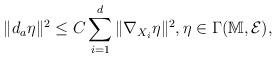
LaTeX: \begin{align*}\| d_a \eta \|^2 \le C \sum_{i=1}^d \| \nabla_{X_i} \eta \|^2, \eta \in \Gamma ( \mathbb{M},\mathcal{E} ),\end{align*}